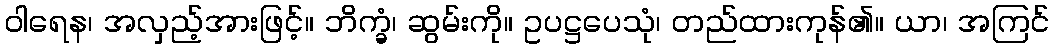
ဝါရေန၊ အလှည့်အားဖြင့်။ ဘိက္ခံ၊ ဆွမ်းကို။ ဥပဋ္ဌပေသုံ၊ တည်ထားကုန်၏။ ယာ၊ အကြင်